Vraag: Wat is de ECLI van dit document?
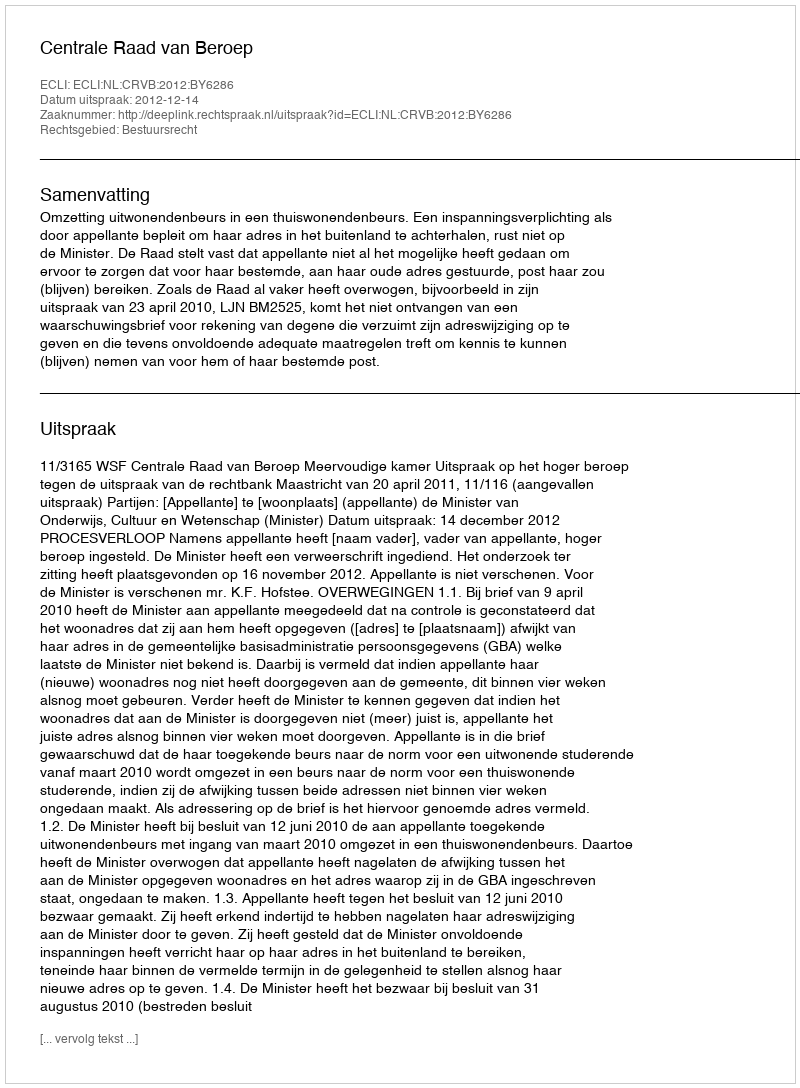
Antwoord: ECLI:NL:CRVB:2012:BY6286